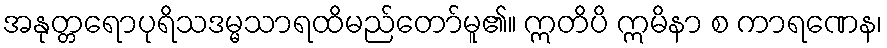
အနုတ္တရောပုရိသဒမ္မသာရထိမည်တော်မူ၏။ ဣတိပိ ဣမိနာ စ ကာရဏေန၊